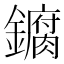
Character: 𫓘